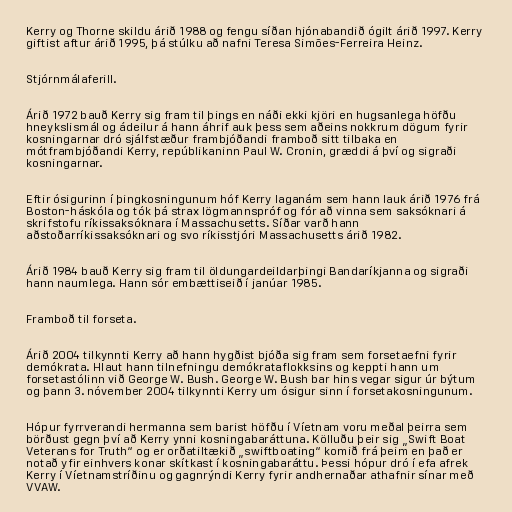
Kerry og Thorne skildu árið 1988 og fengu síðan hjónabandið ógilt árið 1997. Kerry
giftist aftur árið 1995, þá stúlku að nafni Teresa Simões-Ferreira Heinz.

Stjórnmálaferill.

Árið 1972 bauð Kerry sig fram til þings en náði ekki kjöri en hugsanlega höfðu
hneykslismál og ádeilur á hann áhrif auk þess sem aðeins nokkrum dögum fyrir
kosningarnar dró sjálfstæður frambjóðandi framboð sitt tilbaka en
mótframbjóðandi Kerry, repúblikaninn Paul W. Cronin, græddi á því og sigraði
kosningarnar.

Eftir ósigurinn í þingkosningunum hóf Kerry laganám sem hann lauk árið 1976 frá
Boston-háskóla og tók þá strax lögmannspróf og fór að vinna sem saksóknari á
skrifstofu ríkissaksóknara í Massachusetts. Síðar varð hann
aðstoðarríkissaksóknari og svo ríkisstjóri Massachusetts árið 1982.

Árið 1984 bauð Kerry sig fram til öldungardeildarþingi Bandaríkjanna og sigraði
hann naumlega. Hann sór embættiseið í janúar 1985.

Framboð til forseta.

Árið 2004 tilkynnti Kerry að hann hygðist bjóða sig fram sem forsetaefni fyrir
demókrata. Hlaut hann tilnefningu demókrataflokksins og keppti hann um
forsetastólinn við George W. Bush. George W. Bush bar hins vegar sigur úr býtum
og þann 3. nóvember 2004 tilkynnti Kerry um ósigur sinn í forsetakosningunum.

Hópur fyrrverandi hermanna sem barist höfðu í Víetnam voru meðal þeirra sem
börðust gegn því að Kerry ynni kosningabaráttuna. Kölluðu þeir sig „Swift Boat
Veterans for Truth“ og er orðatiltækið „swiftboating“ komið frá þeim en það er
notað yfir einhvers konar skítkast í kosningabaráttu. Þessi hópur dró í efa afrek
Kerry í Víetnamstríðinu og gagnrýndi Kerry fyrir andhernaðar athafnir sínar með
VVAW.